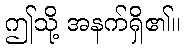
ဤသို့ အနက်ရှိ၏။